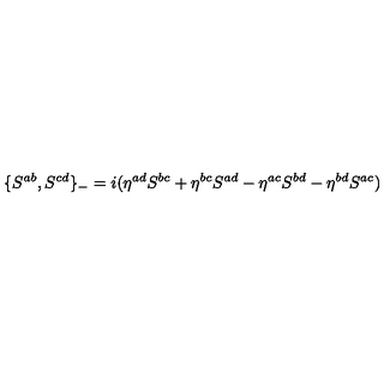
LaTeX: \{ S ^ { a b } , S ^ { c d } \} _ { - } = i ( \eta ^ { a d } S ^ { b c } + \eta ^ { b c } S ^ { a d } - \eta ^ { a c } S ^ { b d } - \eta ^ { b d } S ^ { a c } )